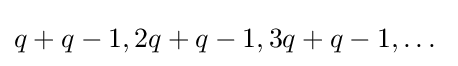
q+q-1,2q+q-1,3q+q-1,\dots \